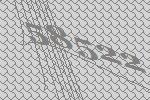
58522